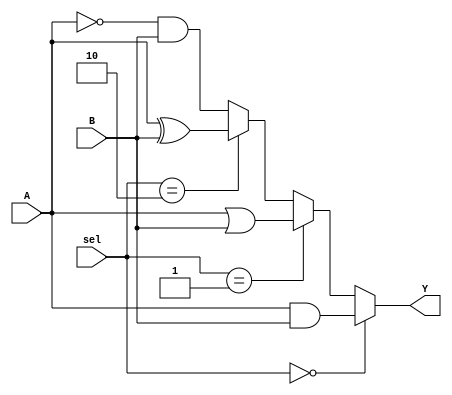
module combinational_logic_blocks (
    input wire [3:0] A,        // Shared input A
    input wire [3:0] B,        // Shared input B
    input wire [1:0] sel,      // Control signal for multiplexing
    output wire [3:0] Y        // Output based on selected logic function
);

// Internal signals for logic functions
wire [3:0] func1; // Logic function 1: A AND B
wire [3:0] func2; // Logic function 2: A OR B
wire [3:0] func3; // Logic function 3: A XOR B
wire [3:0] func4; // Logic function 4: NOT A AND B

// Logic function implementations
assign func1 = A & B;          // AND operation
assign func2 = A | B;          // OR operation
assign func3 = A ^ B;          // XOR operation
assign func4 = (~A) & B;       // NOT A AND B

// Multiplexer to select the output based on control signal
assign Y = (sel == 2'b00) ? func1 : // Select func1
           (sel == 2'b01) ? func2 : // Select func2
           (sel == 2'b10) ? func3 : // Select func3
           func4;                   // Select func4

endmodule